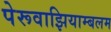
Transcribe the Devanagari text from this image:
पेरूवाझियाम्बलम